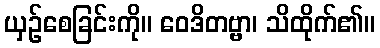
ယှဉ်စေခြင်းကို။ ဝေဒိတဗ္ဗာ၊ သိထိုက်၏။